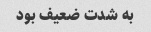
به شدت ضعیف بود